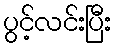
ပွင့်လင်းပြီး